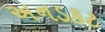
અનડકટ